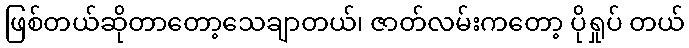
ဖြစ်တယ်ဆိုတာတော့သေချာတယ်၊ ဇာတ်လမ်းကတော့ ပိုရှုပ် တယ်